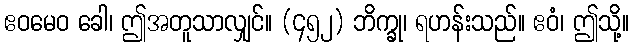
ဧဝမေဝ ခေါ၊ ဤအတူသာလျှင်။ (၄၅၂) ဘိက္ခု၊ ရဟန်းသည်။ ဧဝံ၊ ဤသို့။